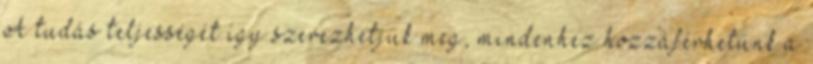
A tudás teljességét így szerezhetjük meg, mindenhez hozzáférhetünk a